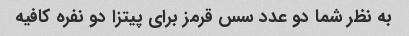
به نظر شما دو عدد سس قرمز برای پیتزا دو نفره کافیه